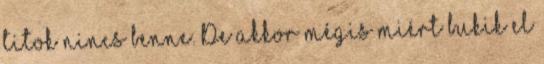
titok nincs benne. De akkor mégis miért bukik el